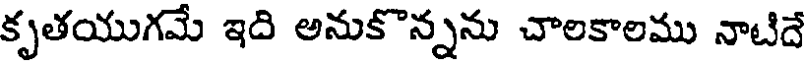
కృతయుగమే ఇది అనుకొన్నను చాలకాలము నాటిదే